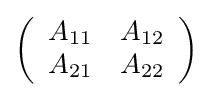
\left({\begin{array}{cc}A_{11}&A_{12}\\A_{21}&A_{22}\end{array}}\right)